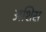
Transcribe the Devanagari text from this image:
अशिस